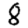
Digit: 8